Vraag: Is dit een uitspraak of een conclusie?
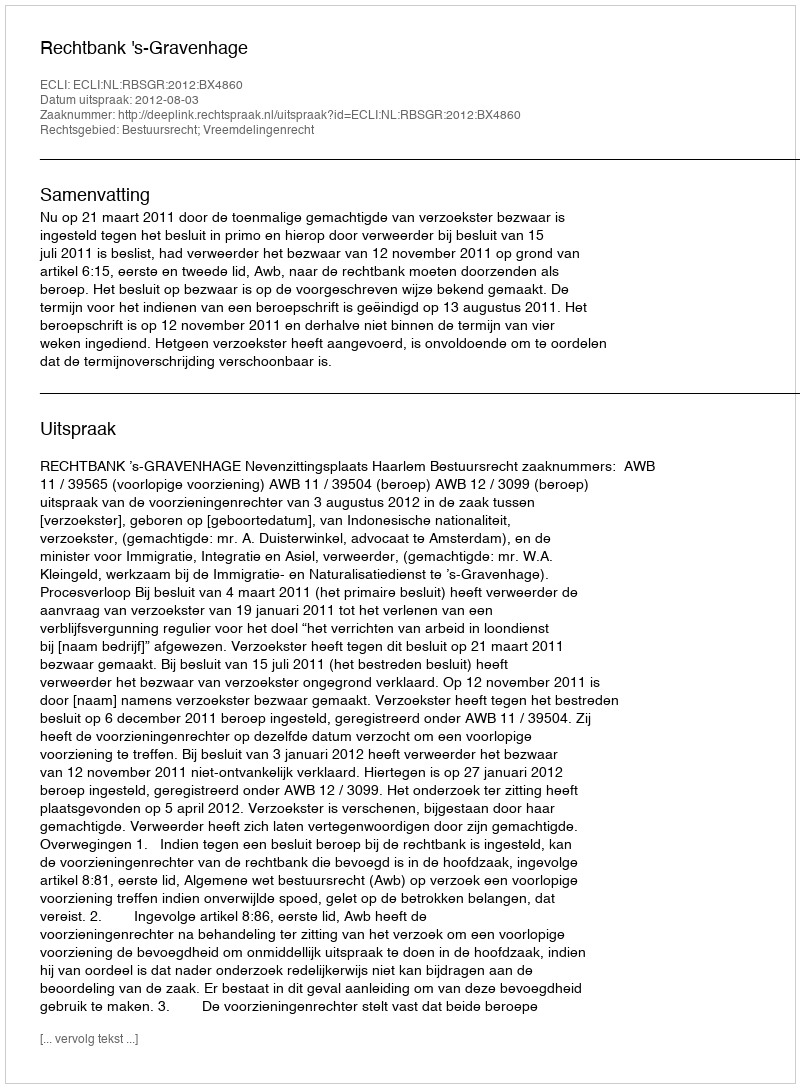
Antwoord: Uitspraak